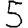
Digit: 5